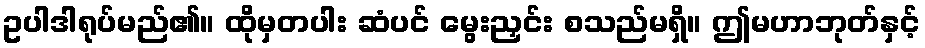
ဥပါဒါရုပ်မည်၏။ ထိုမှတပါး ဆံပင် မွေးညှင်း စသည်မရှိ။ ဤမဟာဘုတ်နှင့်